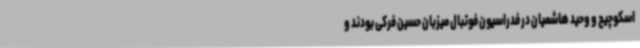
اسکوچیچ و وحید هاشمیان در فدراسیون فوتبال میزبان حسین فرکی بودند و